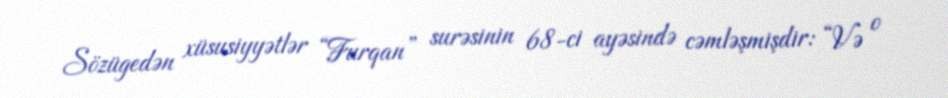
Sözügedən xüsusiyyətlər “Furqan” surəsinin 68-ci ayəsində cəmləşmişdir: “Və o